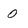
Character: 0